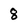
Character: 8